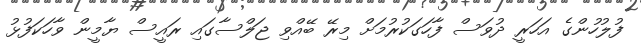
ފުލުހުންގެ އަހަރީ ދުވަސް ފާހަގަކުރުމަށް މިރޭ ބޭއްވި ޖަލްސާގައި ރައީސް ޔާމީން ވާހަކަފުޅު